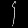
Digit: ၄